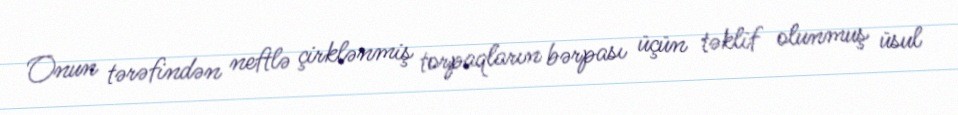
Onun tərəfindən neftlə çirklənmiş torpaqların bərpası üçün təklif olunmuş üsul